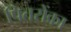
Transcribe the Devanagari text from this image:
पितरोंका